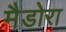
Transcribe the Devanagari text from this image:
मैडोरा